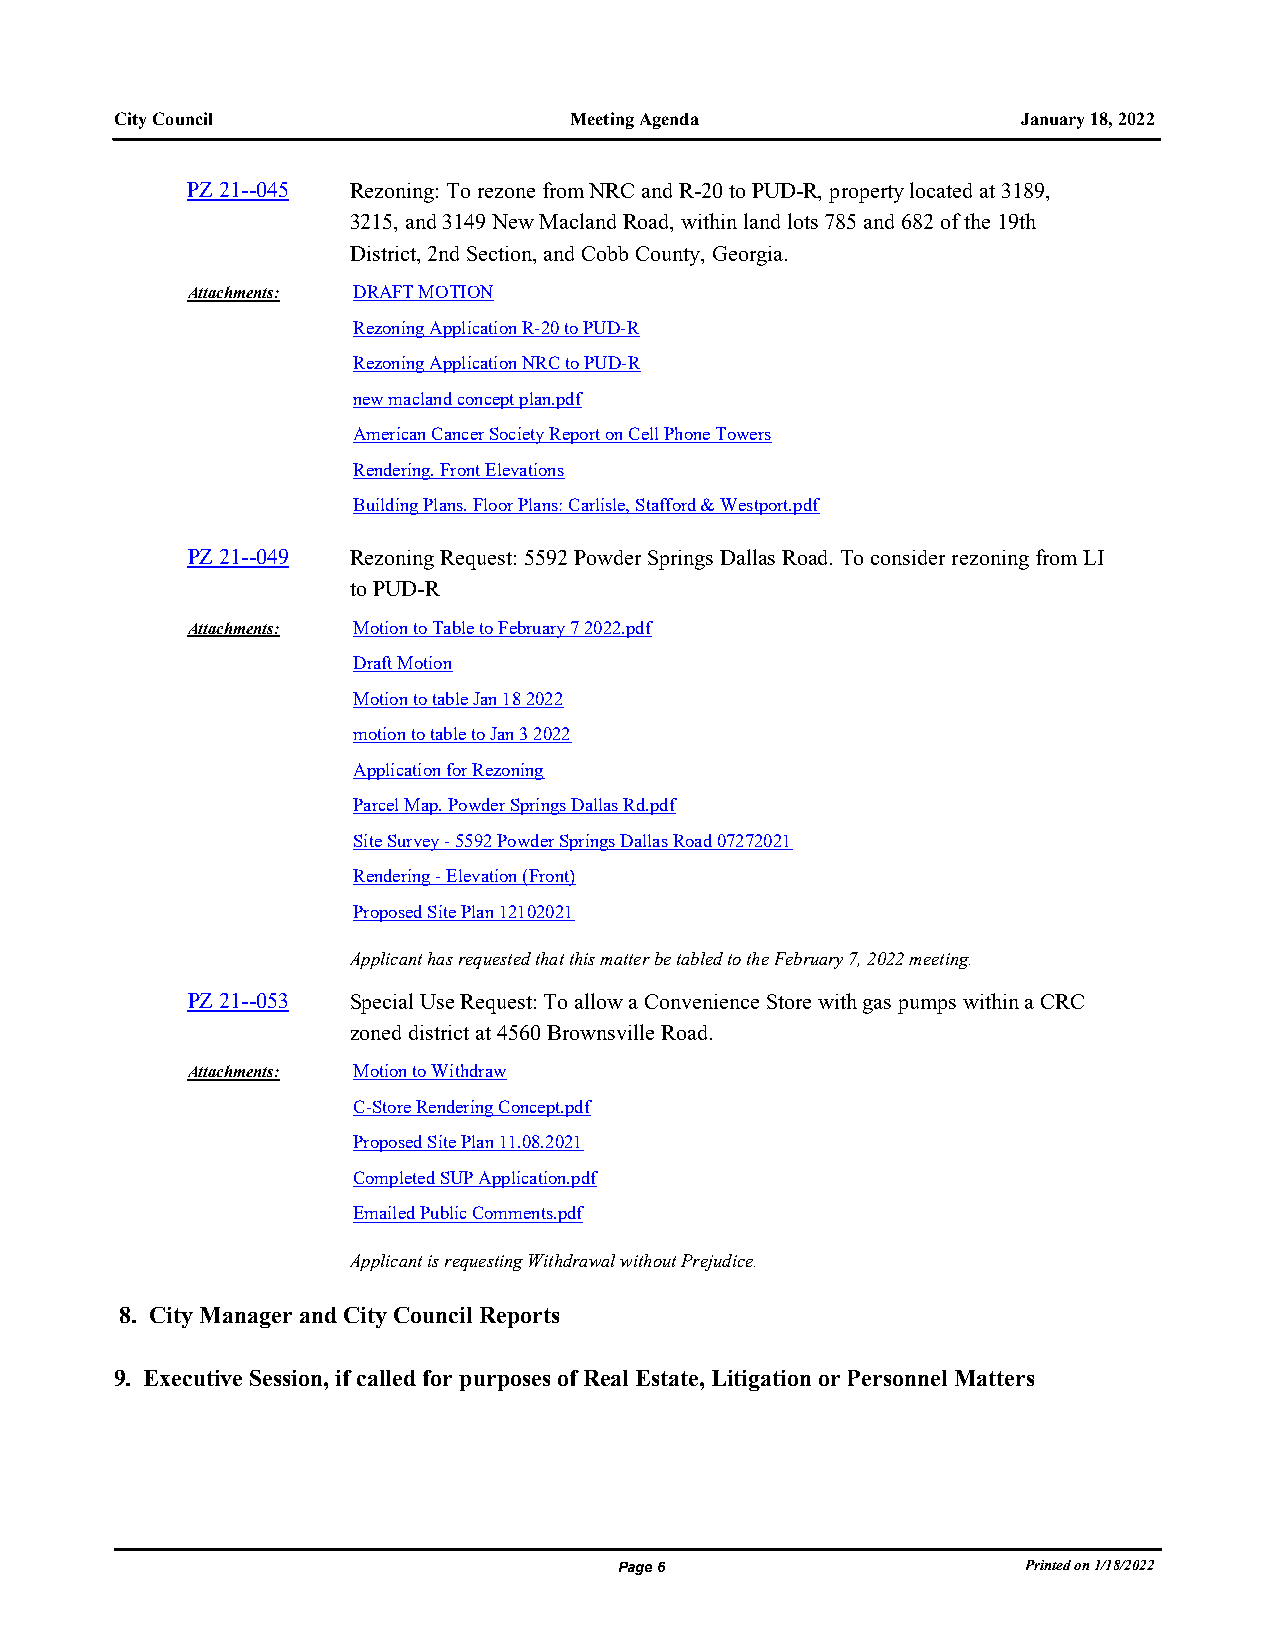
City Council                  Meeting Agenda                January 18, 2022
 PZ 21--045 Rezoning: To rezone from NRC and R-20 to PUD-R, property located at 3189,
 3215, and 3149 New Macland Road, within land lots 785 and 682 of the 19th
 District, 2nd Section, and Cobb County, Georgia.
 Attachments: DRAFT MOTION
 Rezoning Application R-20 to PUD-R
 Rezoning Application NRC to PUD-R
 new macland concept plan.pdf
 American Cancer Society Report on Cell Phone Towers
 Rendering. Front Elevations
 Building Plans. Floor Plans: Carlisle, Stafford & Westport.pdf
 PZ 21--049 Rezoning Request: 5592 Powder Springs Dallas Road. To consider rezoning from LI
 to PUD-R
 Attachments: Motion to Table to February 7 2022.pdf
 Draft Motion
 Motion to table Jan 18 2022
 motion to table to Jan 3 2022
 Application for Rezoning
 Parcel Map. Powder Springs Dallas Rd.pdf
 Site Survey - 5592 Powder Springs Dallas Road 07272021
 Rendering - Elevation (Front)
 Proposed Site Plan 12102021
 Applicant has requested that this matter be tabled to the February 7, 2022 meeting.
 PZ 21--053 Special Use Request: To allow a Convenience Store with gas pumps within a CRC
 zoned district at 4560 Brownsville Road.
 Attachments: Motion to Withdraw
 C-Store Rendering Concept.pdf
 Proposed Site Plan 11.08.2021
 Completed SUP Application.pdf
 Emailed Public Comments.pdf
 Applicant is requesting Withdrawal without Prejudice.
 8. City Manager and City Council Reports
 9. Executive Session, if called for purposes of Real Estate, Litigation or Personnel Matters
 Page 6                     Printed on 1/18/2022